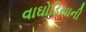
વાઘોડિયાની